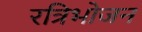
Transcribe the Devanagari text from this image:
रत्रिभोजन